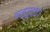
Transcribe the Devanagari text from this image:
बत्तूता।